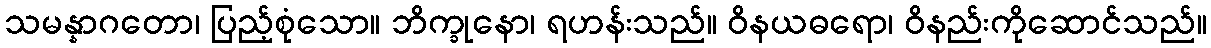
သမန္နာဂတော၊ ပြည့်စုံသော။ ဘိက္ခုနော၊ ရဟန်းသည်။ ဝိနယဓရော၊ ဝိနည်းကိုဆောင်သည်။